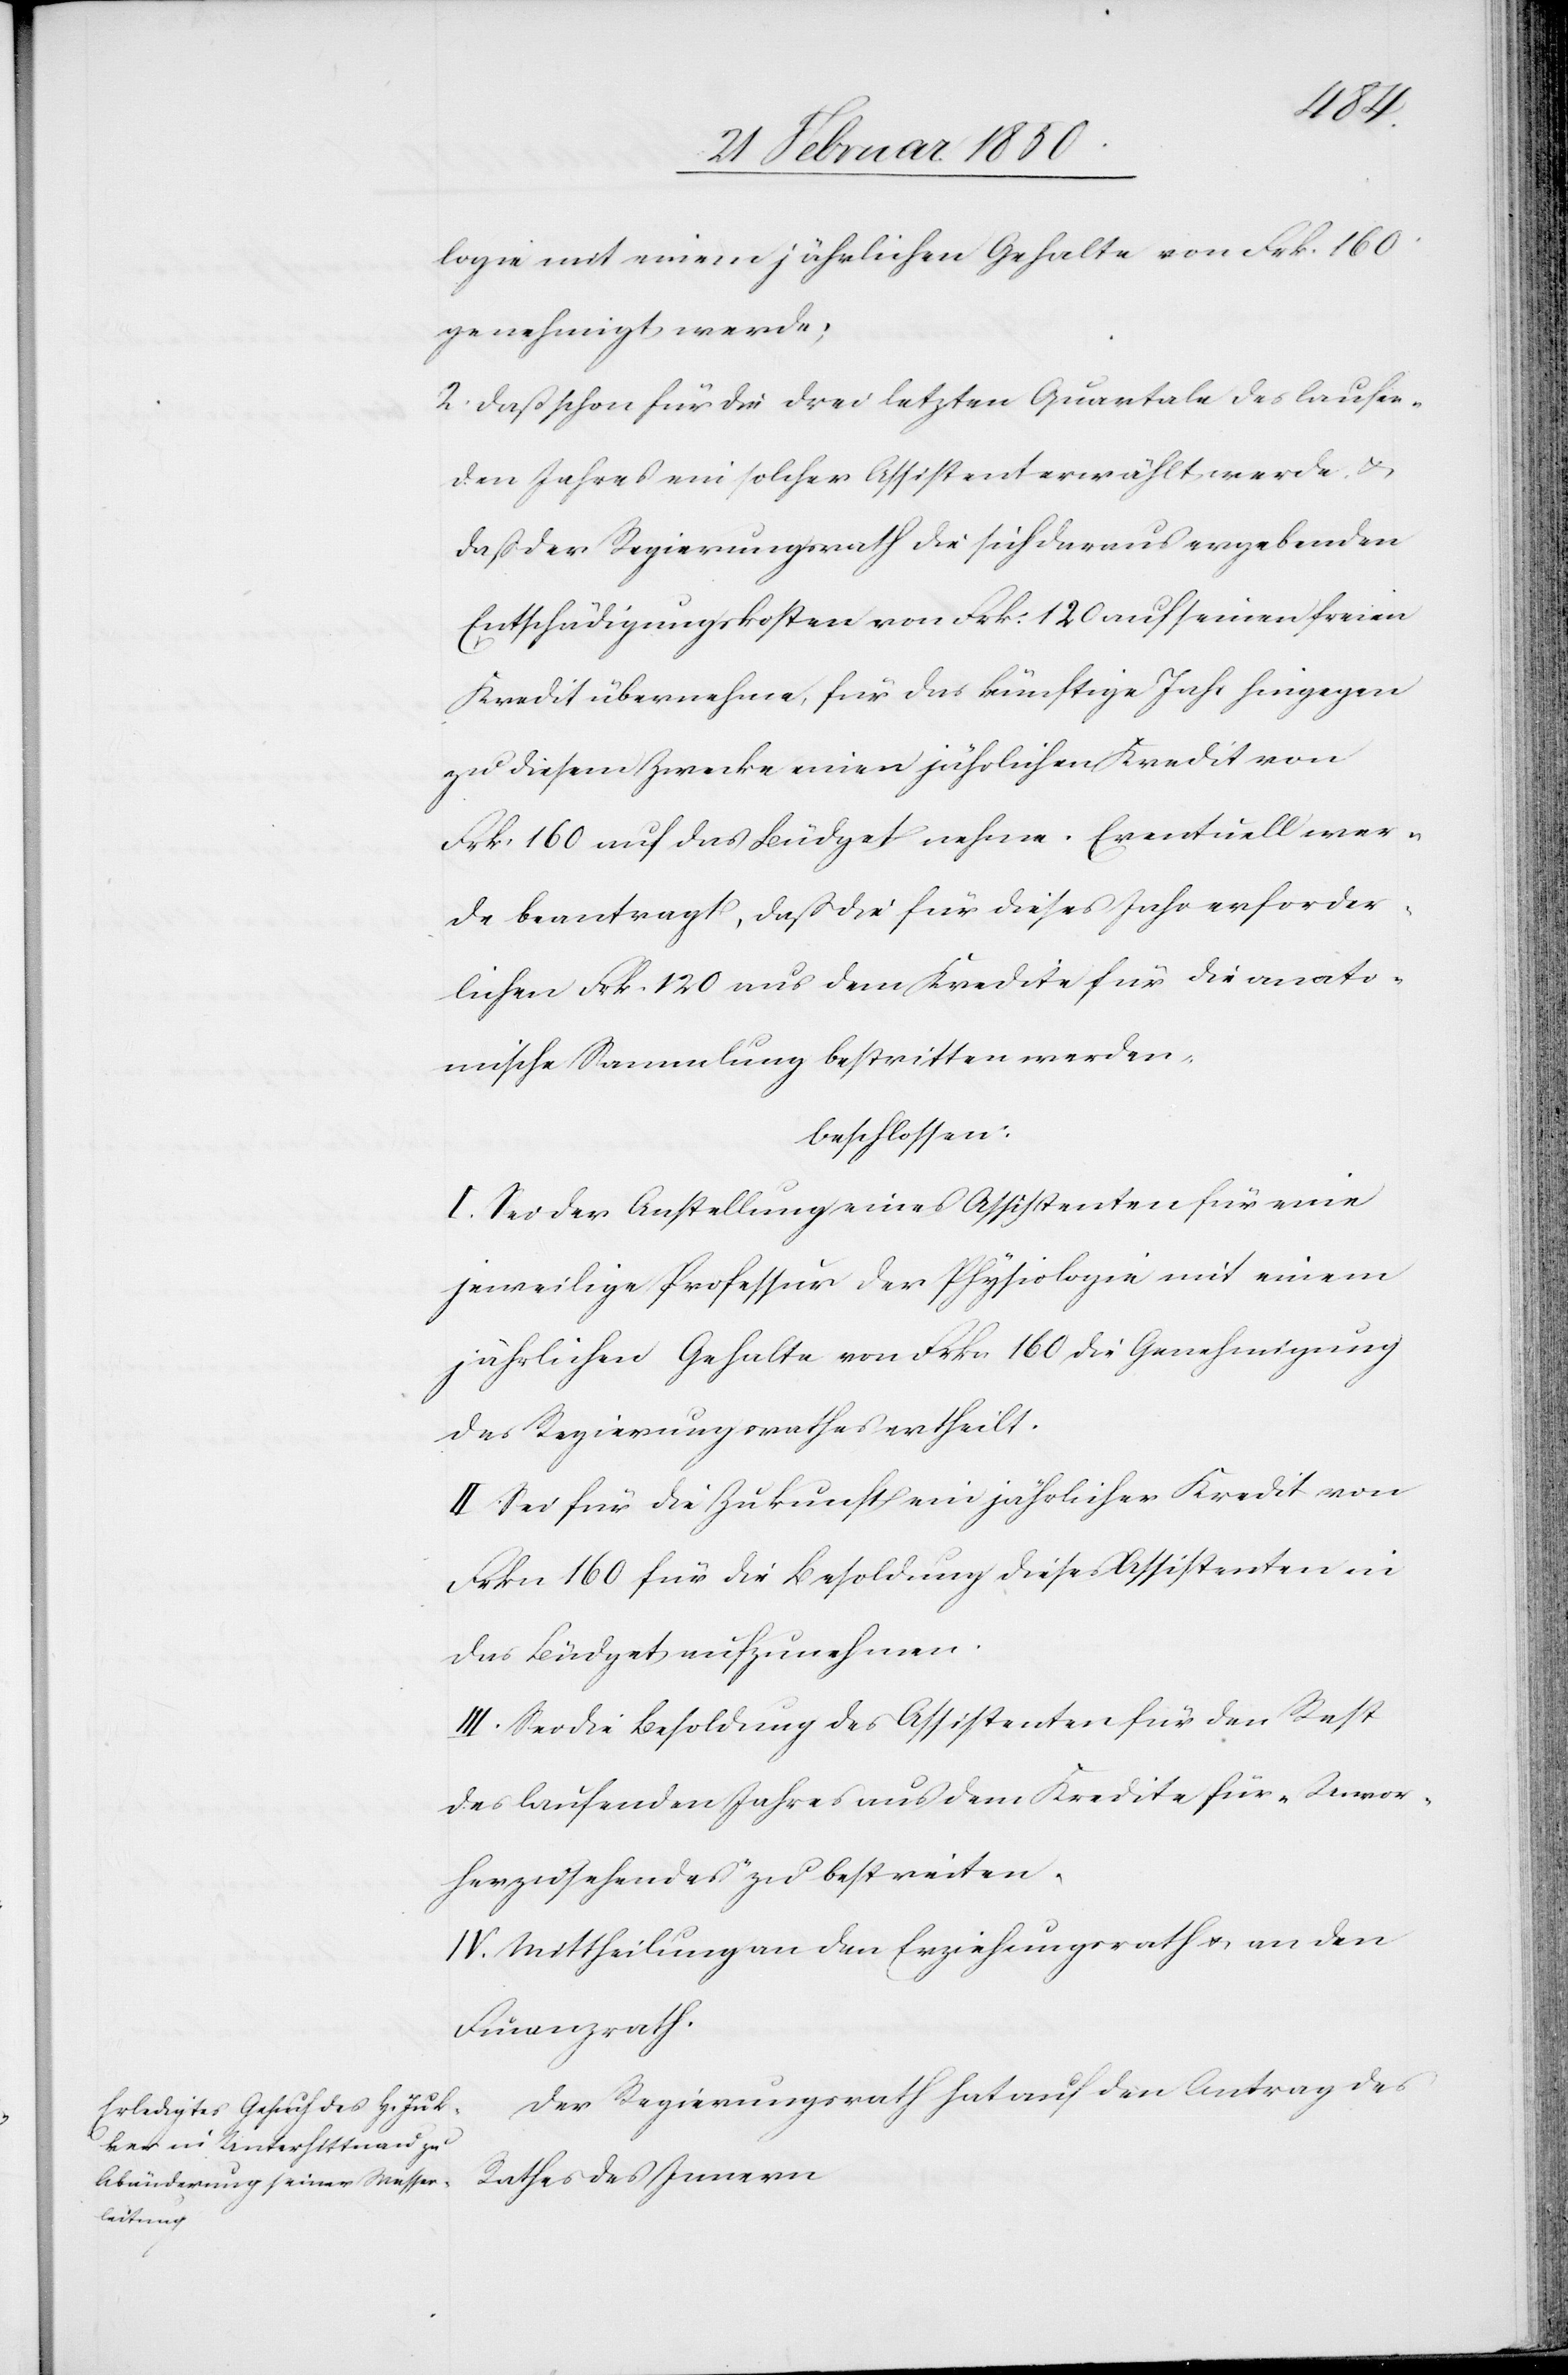
Physio¬
logie] mit einem jährlichen Gehalte von Frk. 160
genehmigt werde;
2. Daß schon für die drei letzten Quartale des laufen¬
den Jahres ein solcher Assistent erwählt werde u.
daß der Regierungsrath die sich daraus ergebenden
Entschädigungskosten von Frk. 120 auf seinen freien
Kredit übernehme, für das künftige Jahr hingegen
zu diesem Zwecke einen jährlichen Kredit von
Frk. 160 auf das Büdget nehme. Eventuell wer¬
de beantragt, daß die für dieses Jahr erforder¬
lichen Frk. 120 aus dem Kredite für die anato¬
mische Sammlung bestritten werden,
beschlossen:
I. Sei der Anstellung eines Assistenten für eine
jeweilige Professur der Physiologie mit einem
jährlichen Gehalte von Frkn 160 die Genehmigung
des Regierungsrathes ertheilt.
II Sei für die Zukunft ein jährlicher Kredit von
Frkn 160 für die Besoldung dieses Assistenten in
das Büdget aufzunehmen.
III. Sei die Besoldung des Assistenten für den Rest
des laufenden Jahres aus dem Kredite für „Unvor¬
herzusehendes“ zu bestreiten.
IV. Mittheilung an den Erziehungsrath u. an den
Finanzrath.
Der Regierungsrath hat auf den Antrag des
Rathes des Innern